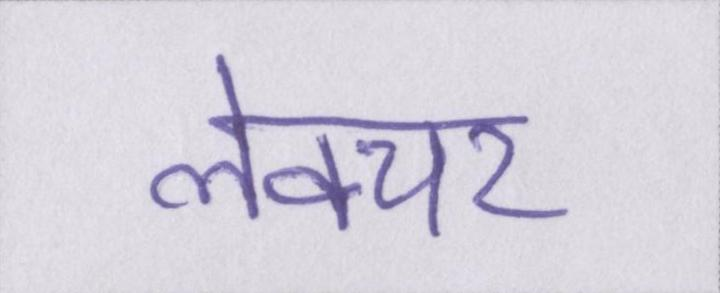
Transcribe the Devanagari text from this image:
लेक्चर